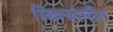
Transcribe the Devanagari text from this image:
स्थित्यंतरीत